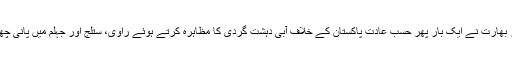
گزشتہ روز بھارت نے ایک بار پھر حسب عادت پاکستان کے خلاف آبی دہشت گردی کا مظاہرہ کرتے ہوئے راوی، ستلج اور جہلم میں پانی چھوڑ دیا ہے۔